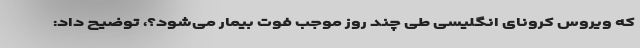
که ویروس کرونای انگلیسی طی چند روز موجب فوت بیمار می‌شود؟، توضیح داد: